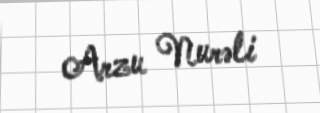
Arzu Nurəli